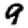
Digit: 9